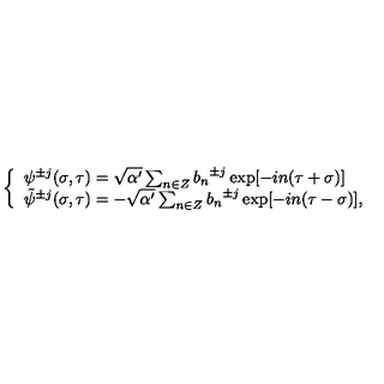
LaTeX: \left\{ \begin{array} { l } { { \psi } ^ { \pm j } ( \sigma , \tau ) = \sqrt { \alpha ^ { \prime } } \sum _ { n \in Z } { b _ { n } } ^ { \pm j } \exp [ - i n ( \tau + \sigma ) ] } \\ { { \tilde { \psi } } ^ { \pm j } ( \sigma , \tau ) = - \sqrt { \alpha ^ { \prime } } \sum _ { n \in Z } { b _ { n } } ^ { \pm j } \exp [ - i n ( \tau - \sigma ) ] , } \\ \end{array} \right.